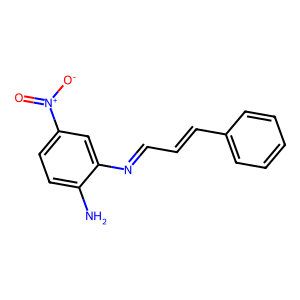
SMILES: Nc1ccc([N+](=O)[O-])cc1N=CC=Cc1ccccc1
Inhibits HIV replication: No